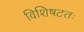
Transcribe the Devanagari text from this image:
विशिषटतः